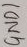
Text: GND1